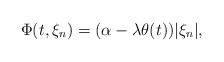
LaTeX: \begin{align*}\Phi(t,\xi_n)=(\alpha-\lambda\theta(t))|\xi_n|,\end{align*}